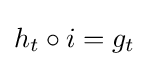
h_{t}\circ i=g_{t}